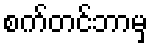
စက်တင်ဘာမှ